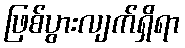
ဖြစ်ပွားလျက်ရှိရာ